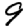
Digit: 9